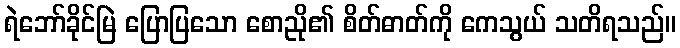
ရဲဘော်ခိုင်မြဲ ပြောပြသော စောညို၏ စိတ်ဓာတ်ကို ကေသွယ် သတိရသည်။